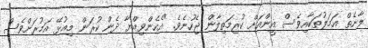
ލާނެތް އަމަލުތަކާއިވެސް އީންއަށް ކުރިމަތިލާން ޖެހުނެވެ. "އެހެންވިއްޔާ ދެން ކުރަން މިއުޅޭ އަމުރަށްވެސް